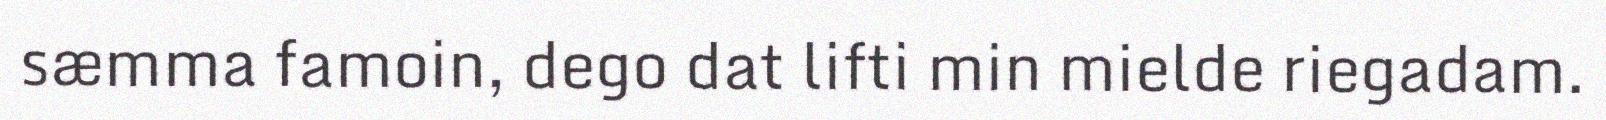
sæmma famoin, dego dat lifti min mielde riegadam.